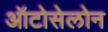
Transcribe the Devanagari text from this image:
ऑटोसेलोन